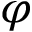
\boldsymbol \varphi